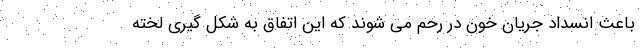
باعث انسداد جریان خون در رحم می شوند که این اتفاق به شکل گیری لخته